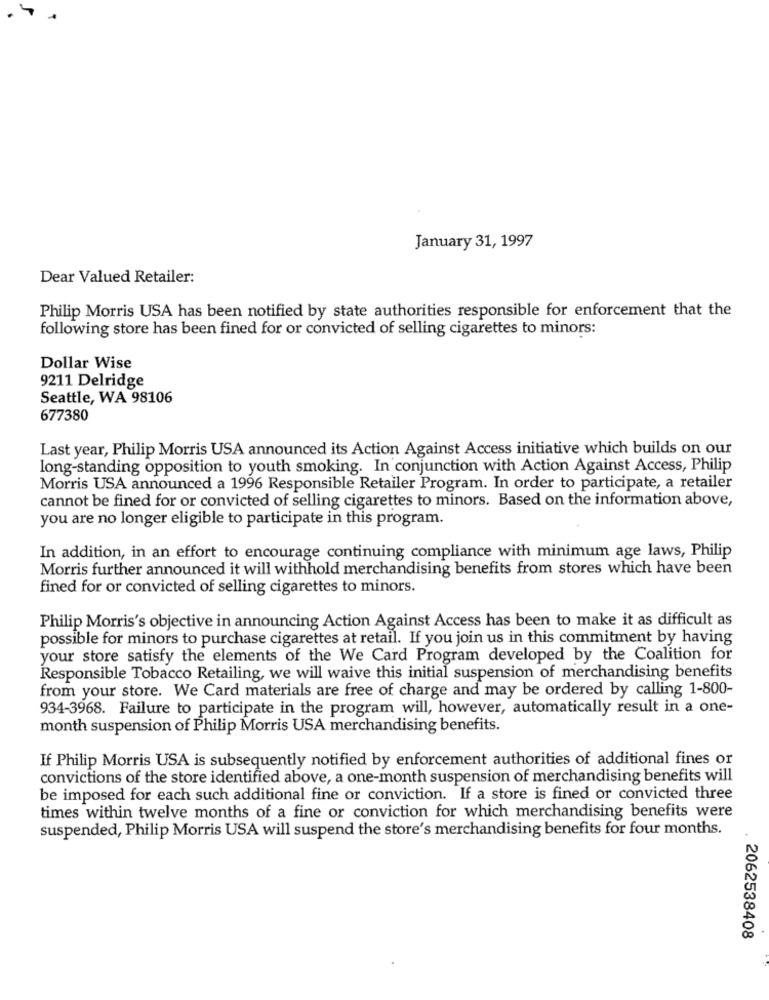
January 31, 1997
Dear Valued Retailer:
Philip Morris USA has been notified by state authorities responsible for enforcement that the
following store has been fined for or convicted of selling cigarettes to minors:
Dollar Wise
9211 Delridge
Seattle, WA 98106
677380
Last year, Philip Morris USA announced its Action Against Access initiative which builds on our
long-standing opposition to youth smoking. In conjunction with Action Against Access, Philip
Morris USA announced a 1996 Responsible Retailer Program. In order to participate, a retailer
cannot be fined for or convicted of selling cigarettes to minors. Based on the information above,
you are no longer eligible to participate in this program.
In addition, in an effort to encourage continuing compliance with minimum age laws, Philip
Morris further announced it will withhold merchandising benefits from stores which have been
fined for or convicted of selling cigarettes to minors.
Philip Morris's objective in announcing Action Against Access has been to make it as difficult as
possible for minors to purchase cigarettes at retail. If you join us in this commitment by having
your store satisfy the elements of the We Card Program developed by the Coalition for
Responsible Tobacco Retailing, we will waive this initial suspension of merchandising benefits
from your store. We Card materials are free of charge and may be ordered by calling 1-800-
934-3968. Failure to participate in the program will, however, automatically result in a one-
month suspension of Philip Morris USA merchandising benefits.
If Philip Morris USA is subsequently notified by enforcement authorities of additional fines or
convictions of the store identified above, a one-month suspension of merchandising benefits will
be imposed for each such additional fine or conviction. If a store is fined or convicted three
times within twelve months of a fine or conviction for which merchandising benefits were
suspended, Philip Morris USA will suspend the store's merchandising benefits for four months.
2062538408